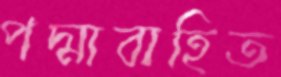
পদ্মাবাহিত